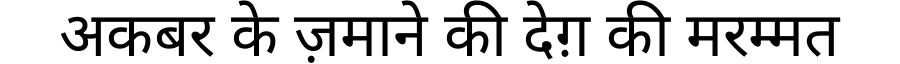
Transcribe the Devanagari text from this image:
अकबर के ज़माने की देग़ की मरम्मत